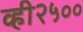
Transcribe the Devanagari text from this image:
व्ही२५००